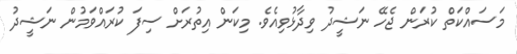
މަސައްކަތް ކުރަން ޖެހޭ ނަޝީދު ވިދާޅުވިއެވެ. މިކަން އިތުރަށް ސިފަ ކުރައްވަމުން ނަޝީދު